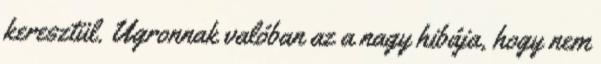
keresztül. Ugronnak valóban az a nagy hibája, hogy nem